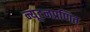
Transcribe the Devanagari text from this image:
न्यूटनप्रणित